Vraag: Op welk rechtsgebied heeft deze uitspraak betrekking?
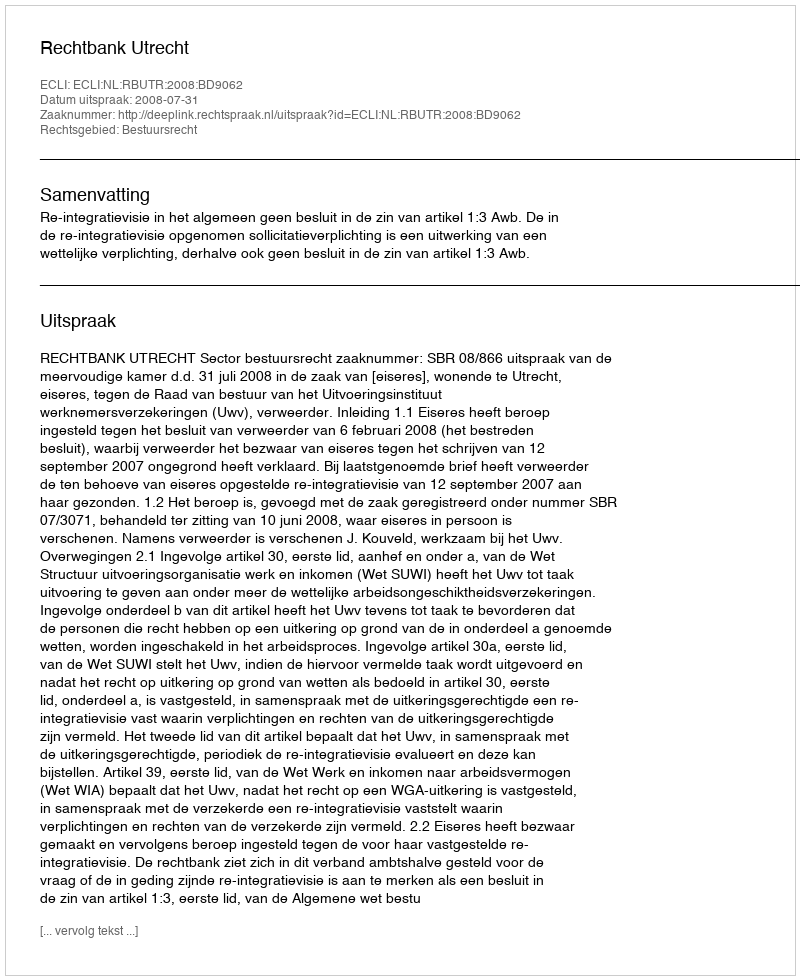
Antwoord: Bestuursrecht